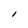
Character: l